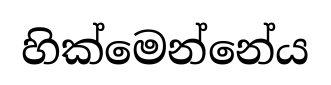
හික්මෙන්නේය